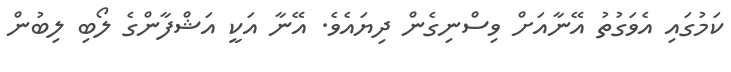
ކަމުގައި އެވަގުތު އޭނާއަށް ވިސްނިގެން ދިޔައެވެ. އޭނާ އަކީ އަޝްފާންގެ ލޯބި ލިބުން